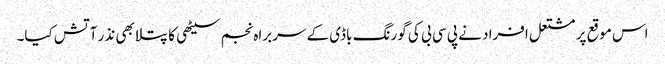
اس موقع پر مشتعل افراد نے پی سی بی کی گورنگ باڈی کے سربراہ نجم سیٹھی کا پتلا بھی نذر آتش کیا۔